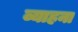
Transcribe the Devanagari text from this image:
व्याहना